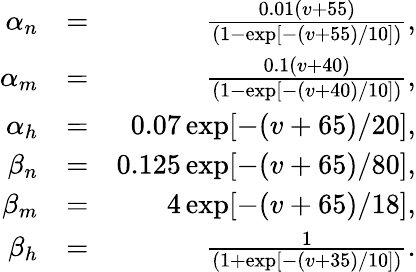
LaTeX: \begin{array}{rlr}{\alpha_{n}}&{=}&{\frac{0.01(v+55)}{(1-\exp[-(v+55)/10])},}\\ {\alpha_{m}}&{=}&{\frac{0.1(v+40)}{(1-\exp[-(v+40)/10])},}\\ {\alpha_{h}}&{=}&{0.07\exp[-(v+65)/20],}\\ {\beta_{n}}&{=}&{0.125\exp[-(v+65)/80],}\\ {\beta_{m}}&{=}&{4\exp[-(v+65)/18],}\\ {\beta_{h}}&{=}&{\frac{1}{(1+\exp[-(v+35)/10])}.}\end{array}